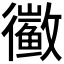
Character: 𱈑